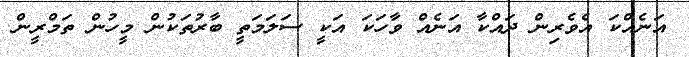
އަނެެއްކަ އެވެރިން ދައްކާ އަނެއް ވާހަކަ އަކީ ސަލަމަތީ ބާރުތަކުން މީހުން ތަމްރީން